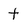
Character: t